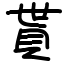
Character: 貰